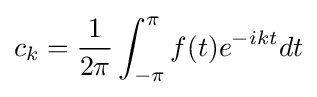
c_{k}={\frac {1}{2\pi }}\int _{-\pi }^{\pi }f(t)e^{-ikt}dt